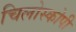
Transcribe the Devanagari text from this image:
चिलोस्कोपी